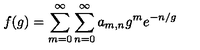
f ( g ) = \sum _ { m = 0 } ^ { \infty } \sum _ { n = 0 } ^ { \infty } a _ { m , n } g ^ { m } e ^ { - n / g }